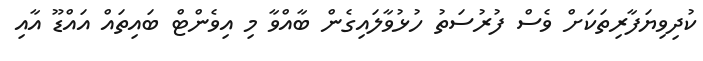
ކުދިވިޔަފާރިތަކަށް ވެސް ފުރުސަތު ހުޅުވާލައިގެން ބާއްވާ މި އިވެންޓް ބައިތައް އައްޑޫ އާއި